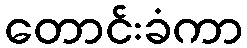
တောင်းခံကာ